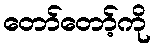
တော်တော့်ကို